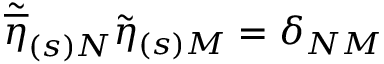
\widetilde { \overline { { { \eta } } } } _ { ( s ) N } \widetilde { \eta } _ { ( s ) M } = \delta _ { N M }